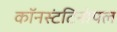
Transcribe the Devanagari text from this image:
कॉनस्टंटिनोपल